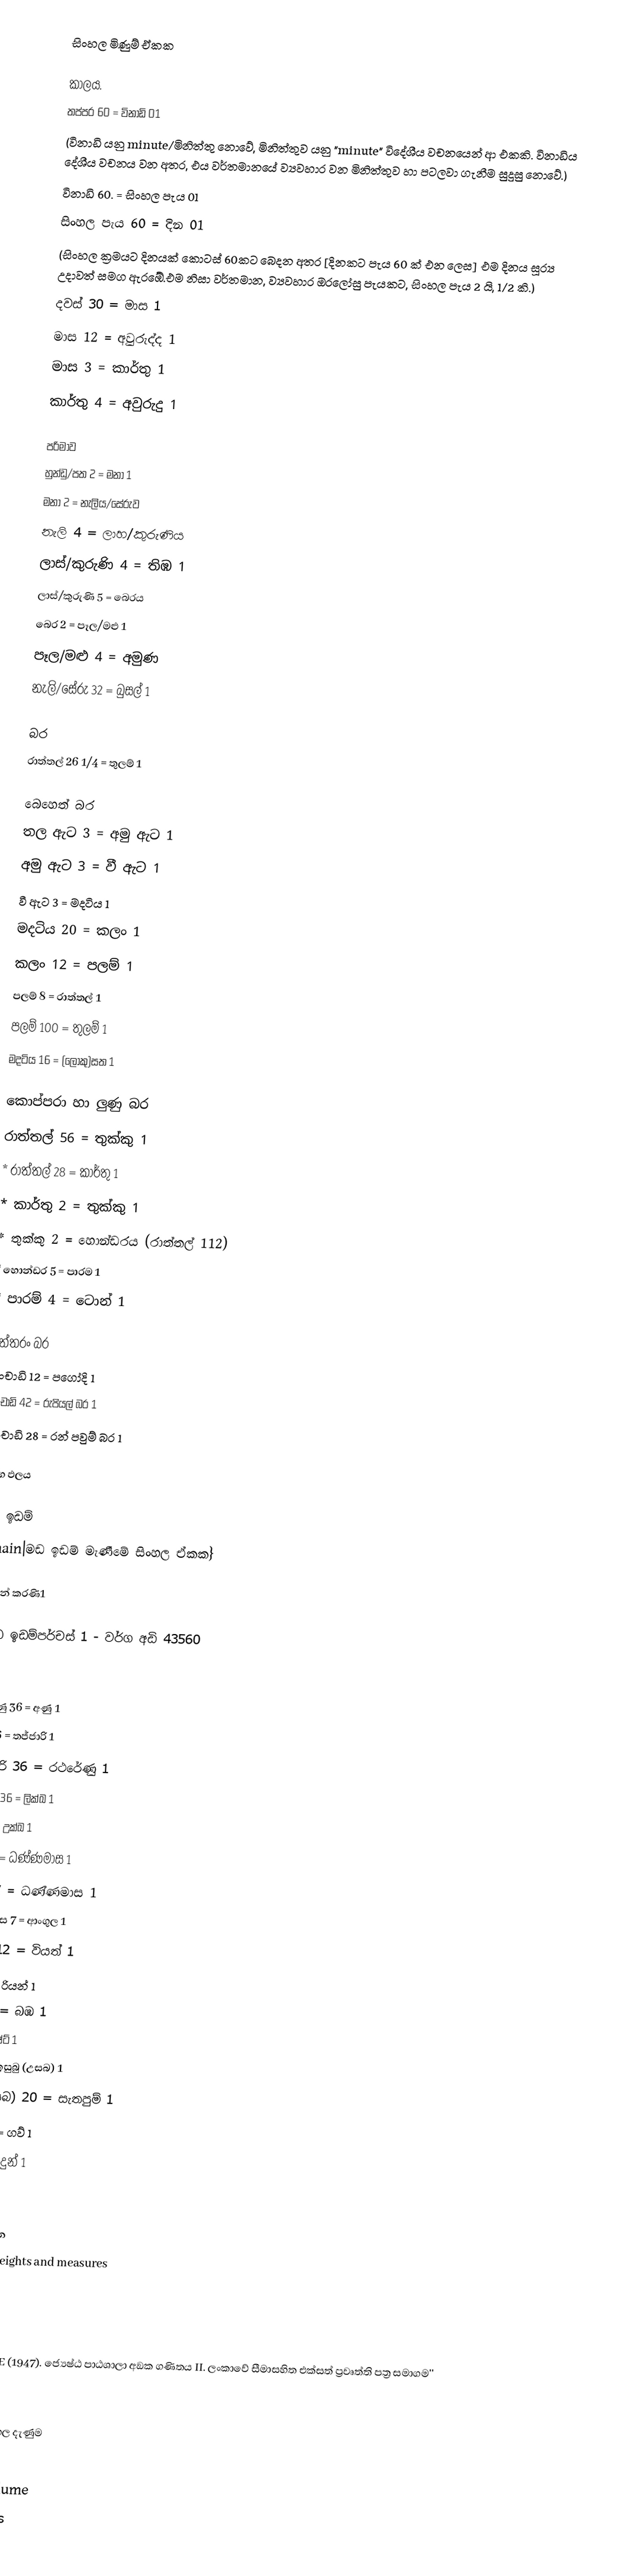
සිංහල මිණුම් ඒකක

කාලය.
 තප්පර 60     = විනාඩි 01
(විනාඩි යනු minute/මිනිත්තු නොවේ, මිනිත්තුව යනු "minute" විදේශීය වචනයෙන් ආ එකකි. විනාඩිය දේශීය වචනය වන අතර, එය වර්තමානයේ ව්‍යවහාර වන මිනිත්තුව හා පටලවා ගැනීම සුදුසු නොවේ.)
 විනාඩි 60.    = සිංහල පැය 01
 සිංහල පැය 60 = දින 01
(සිංහල ක්‍රමයට දිනයක් කොටස් 60කට බෙදන අතර [දිනකට පැය 60 ක් එන ලෙස] එම දිනය සූර‌්‍ය උදාවත් සමග ඇරඹේ.එම නිසා වර්තමාන, ව්‍යවහාර ඔරලෝසු පැයකට, සිංහල පැය 2 යි, 1/2 කි.)
 දවස්   30 = මාස 1
 මාස   12 = අවුරුද්ද 1
 මාස    3 = කාර්තු 1
 කාර්තු  4 =  අවුරුදු 1

පරිමාව
 හුන්ඩු/පත 2 = මනා 1
 මනා 2 = නැලිය/සේරුව
 නැලි 4 = ලාහ/කුරුණිය
 ලාස්/කුරුණි 4 = තිඹ 1
 ලාස්/කුරුණි 5 = බෙරය
 බෙර 2 = පෑල/මළු 1
 පෑල/මළු 4 = අමුණ
නැලි/සේරු 32 = බුසල් 1

බර
රාත්තල් 26 1/4 = තුලම් 1

බෙහෙත් බර
 තල ඇට 3 = අමු ඇට 1
 අමු ඇට 3 = වී ඇට 1
 වී ඇට 3 = මදටිය 1
 මදටිය 20 = කලං 1
 කලං 12 = පලම් 1
 පලම් 8 = රාත්තල් 1
 පලම් 100 = තුලම් 1
 මදටිය 16 = (ලොකු)සත 1

කොප්පරා හා ලුණු බර
 රාත්තල් 56 = තුක්කු 1
 * රාත්තල් 28 = කාර්තු 1
 * කාර්තු 2 = තුක්කු 1
 * තුක්කු 2 = හොන්ඩරය (රාත්තල් 112)
 * හොන්ඩර 5 = පාරම 1
 * පාරම් 4 = ටොන් 1

රත්තරං බර
 මංචාඩි 12 = පගෝදි 1
 මංචාඩි 42 = රුපියල් බර 1
 මංචාඩි 28 = රන් පවුම් බර 1

වර්ග ඵලය

මඩ ඉඩම්
{{main|මඩ ඉඩම් මැණීමේ සිංහල ඒකක}

 කුරහන් කරණි1

ගොඩ ඉඩම්පර්චස් 1 - වර්ග අඩි 43560

දිග
 පරමාණු 36 = අණු 1
 අණු 36 = තජ්ජාරි  1
 තජ්ජාරි 36 = රථරේණු  1
 රථරේණු 36 = ලික්ඛ 1
 ලික්ඛ 7 = උක්ඛ 1
 උක්ඛ 7 = ධණ්ණමාස 1
 උක්ඛ 7 = ධණ්ණමාස 1
 ධණ්ණමාස 7 = ආංගුල 1
 ආංගුල 12 = වියත් 1
 වියත් 2 = රියන් 1
 රියන් 4 = බඹ 1
 රියන් 7 = යෂ්ට් 1
 යෂ්ටි 20 = ඉසුබු (උසබ) 1
 ඉසුබු (උසබ)  20 = සැතපුම් 1
 සැතපුම් 4 = ගව් 1
 ගව් 4 = යොදුන් 1

See also
 ඒකක සහ මාන
 Historical weights and measures
 SI

ආශ්‍රිත ග්‍රන්ථ
 පනාගොඩ, DFE (1947). ජ්‍යෙෂ්‍ඨ පාඨශාලා අඞක ගණිතය II. ලංකාවේ සීමාසහිත එක්සත් ප්‍රවෘත්‍ති පත්‍ර සමාගම''

මිණුම් ක්‍රම
සාම්ප්‍රදායික සිංහල දැණුම
Units of area
Units of volume
Units of mass